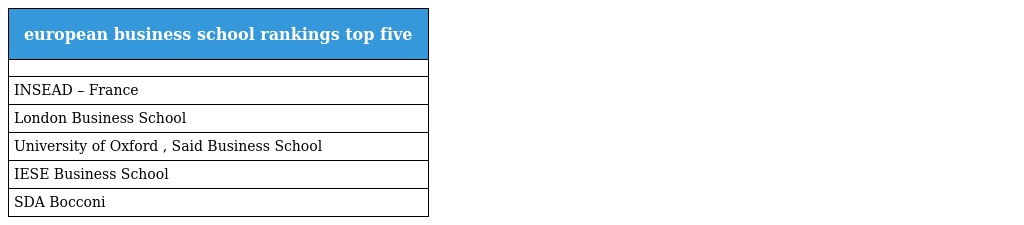
| european business school rankings top five |
 | --- |
 |  |
 | INSEAD – France |
 | London Business School |
 | University of Oxford , Said Business School |
 | IESE Business School |
 | SDA Bocconi |